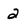
Character: 2